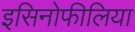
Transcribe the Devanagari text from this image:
इसिनोफीलिया